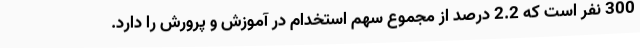
300 نفر است که 2.2 درصد از مجموع سهم استخدام در آموزش و پرورش را دارد.